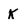
Character: k